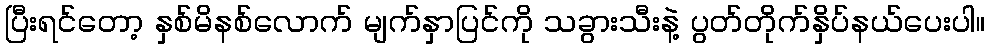
ပြီးရင်တော့ နှစ်မိနစ်လောက် မျက်နှာပြင်ကို သခွားသီးနဲ့ ပွတ်တိုက်နှိပ်နယ်ပေးပါ။